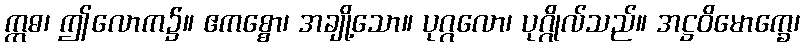
ဣဓ၊ ဤလောက၌။ ဧကစ္စော၊ အချို့သော။ ပုဂ္ဂလော၊ ပုဂ္ဂိုလ်သည်။ အဋ္ဌဝိမောက္ခေ၊